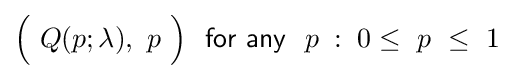
{\Bigl (}\ Q(p;\lambda ),\ p\ {\Bigr )}~~{\mathsf {for\ any}}~~p\;:\;0\leq \ p\ \leq \ 1~